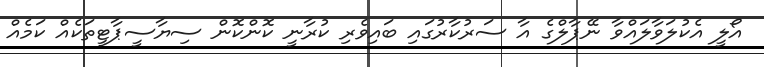
އޯލީ އެކުލަވާލައްވާ ނޭޕާލްގެ އާ ސަރުކާރުގައި ބައިވެރި ކުރާނީ ކޮންކޮން ސިޔާސީޕާޓީތަކެއް ކަމެއް